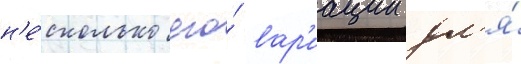
н'е́сколько его́ вар'иации дл'я́